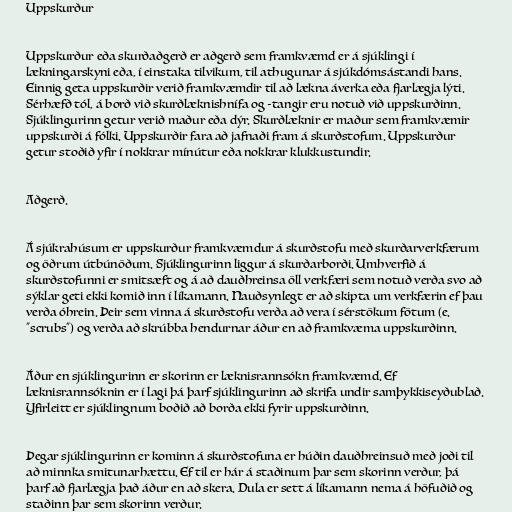
Uppskurður

Uppskurður eða skurðaðgerð er aðgerð sem framkvæmd er á sjúklingi í
lækningarskyni eða, í einstaka tilvikum, til athugunar á sjúkdómsástandi hans.
Einnig geta uppskurðir verið framkvæmdir til að lækna áverka eða fjarlægja lýti.
Sérhæfð tól, á borð við skurðlæknishnífa og -tangir eru notuð við uppskurðinn.
Sjúklingurinn getur verið maður eða dýr. Skurðlæknir er maður sem framkvæmir
uppskurði á fólki. Uppskurðir fara að jafnaði fram á skurðstofum. Uppskurður
getur stoðið yfir í nokkrar mínútur eða nokkrar klukkustundir.

Aðgerð.

Á sjúkrahúsum er uppskurður framkvæmdur á skurðstofu með skurðarverkfærum
og öðrum útbúnöðum. Sjúklingurinn liggur á skurðarborði. Umhverfið á
skurðstofunni er smitsæft og á að dauðhreinsa öll verkfæri sem notuð verða svo að
sýklar geti ekki komið inn í líkamann. Nauðsynlegt er að skipta um verkfærin ef þau
verða óhrein. Þeir sem vinna á skurðstofu verða að vera í sérstökum fötum (e.
"scrubs") og verða að skrúbba hendurnar áður en að framkvæma uppskurðinn.

Áður en sjúklingurinn er skorinn er læknisrannsókn framkvæmd. Ef
læknisrannsóknin er í lagi þá þarf sjúklingurinn að skrifa undir samþykkiseyðublað.
Yfirleitt er sjúklingnum boðið að borða ekki fyrir uppskurðinn.

Þegar sjúklingurinn er kominn á skurðstofuna er húðin dauðhreinsuð með joði til
að minnka smitunarhættu. Ef til er hár á staðinum þar sem skorinn verður, þá
þarf að fjarlægja það áður en að skera. Dula er sett á líkamann nema á höfuðið og
staðinn þar sem skorinn verður.